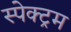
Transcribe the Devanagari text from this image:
स्‍पेक्‍ट्रम